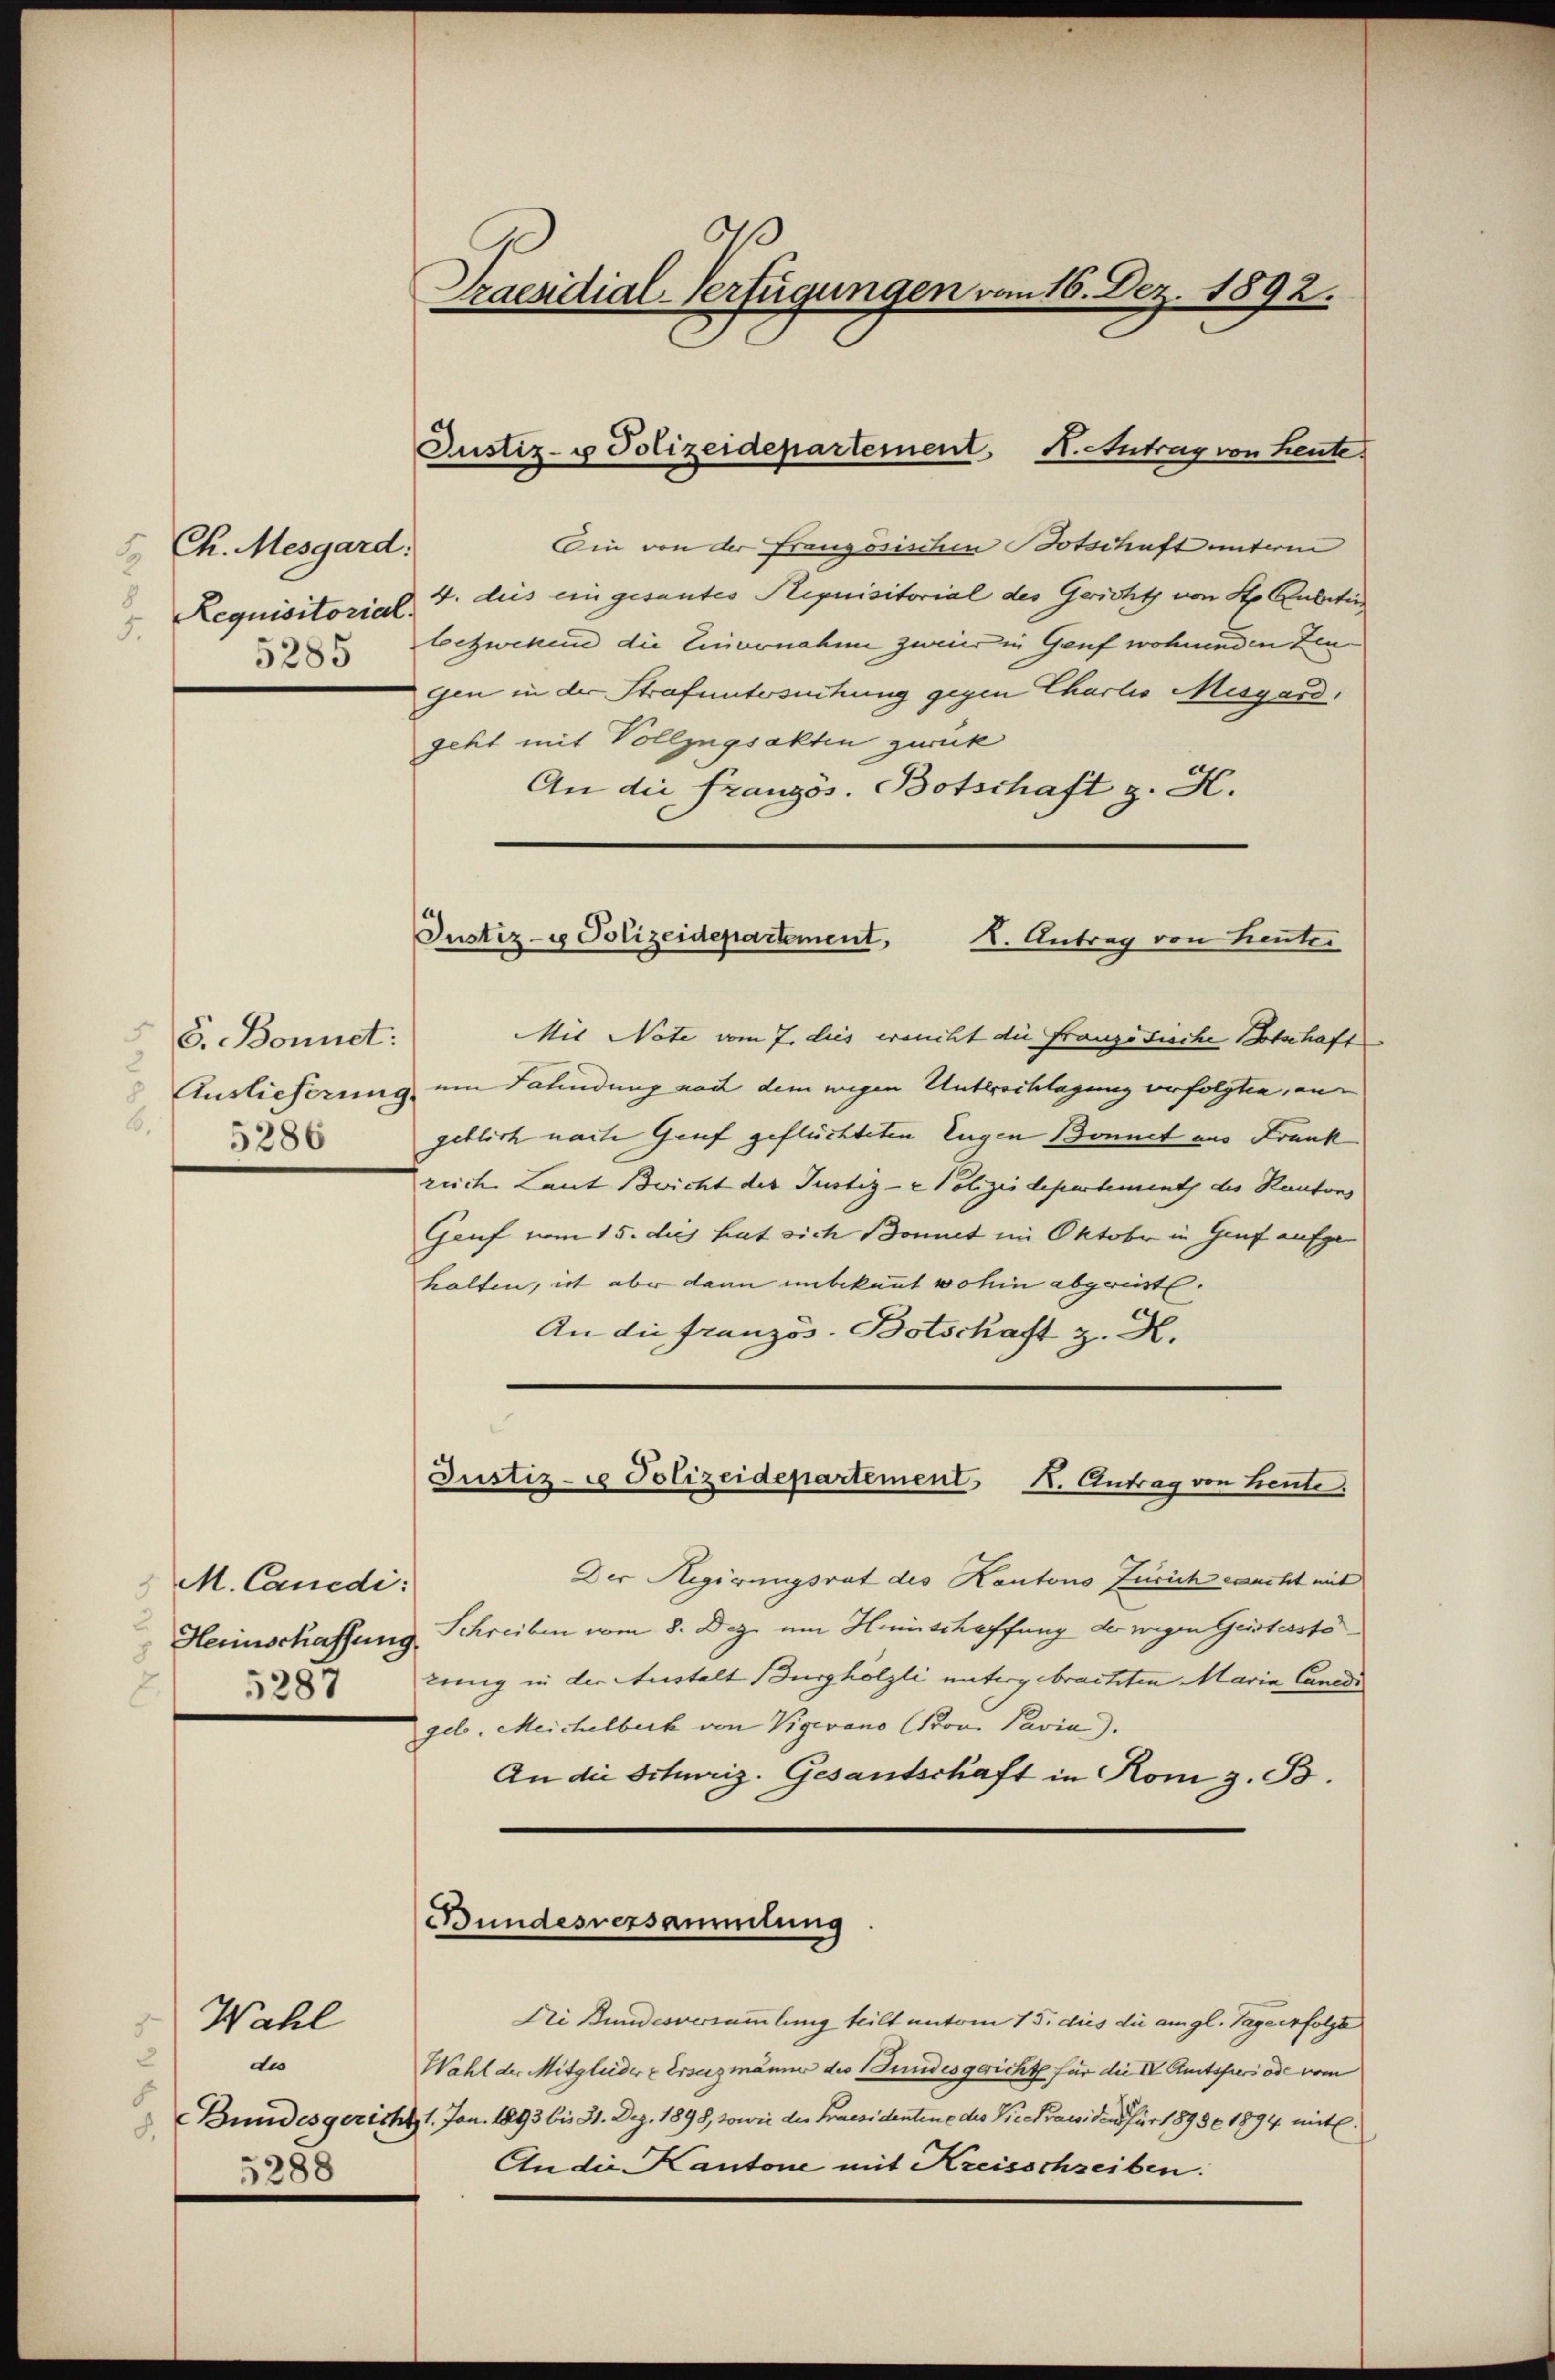
Ch. Mesgard.
Requisitorial.
.

G. Bonnet:
Auslieferung.
6.
5286

M. Cancdi:
u
Herinschaffung
5287

Wahl
.
de
8.
5288

Praesidial-Verfügungen vom 16. Dez. 1892.

Justiz- u Polizeidepartement H. Antrag von heute

Ein von der Französischen Botschaft unterm
4. dies eingesantes Requisitorial des Gericht von St. Cultur
28 bezweken die Einvernahme zweier in Genf wohnenden Zeugen in der Strafuntersuchung gegen Charlis Misgard,
geht mit Vollzugsakten zurück
An die französ. Botschaft z. H.

Justiz- u Polizeidepartement, I. Antrag von Leuter

Justiz- Polizeidepartement K. Antrag von Leute.

Mit Note vom 7. dies eracht die französische Botschaft
um Fahndung noch dem wegen Unterschlagung verfolgten, an
geblich nach Genf geflüchteten Eugen Bonnet aus Frank
reich Laut Beicht der Justiz- & Polizeidepartement des Kantons
Genf vom 15. dies hat sich Bonnet im Oktober in Genf aufge
halten, ist aber dann unbekannt wohin abgereistl.
An die Französ. Botschaft z. H.
Der Regirungsrat des Kantons Zürich erricht mit
Schreiben vom 8. Dez. am Heinschaffung der wegen Geisterstölung in der Austalt Burghölzli untergebrachten Maria Candi
gel. Meichelbeck von Vigevano Prov. Pavia).
An die Schweiz. Gesantschaft in Rom z. B.
Bundesversammlung
Dei Bundesversammlung teilt untem 15. dies die am gl. Tage erfolge
Wahl der Mitglieder & Ersezmänner des Bundesgericht für die IV Amtspers ode vom
Bundesgericht 1. Jan. 1893 bis 31. Dez. 1898, sowie des Praesidentene des Die Praesiden für 18936 1894 mit¬
An die Kantone mit Kreisschreiben.